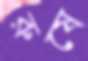
রুষে